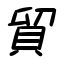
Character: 貿